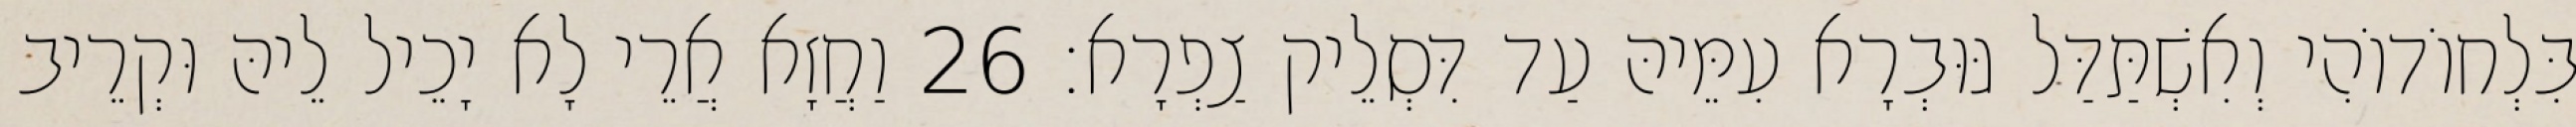
בִּלְחוֹדוֹהִי וְאִשְׁתַּדַּל גּוּבְרָא עִמֵּיהּ עַד דִּסְלֵיק צַפְרָא׃ 26 וַחֲזָא אֲרֵי לָא יָכֵיל לֵיהּ וּקְרֵיב